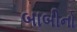
બાબીનો